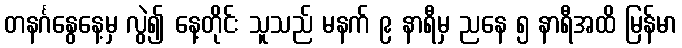
တနင်္ဂနွေနေ့မှ လွဲ၍ နေ့တိုင်း သူသည် မနက် ၉ နာရီမှ ညနေ ၅ နာရီအထိ မြန်မာ